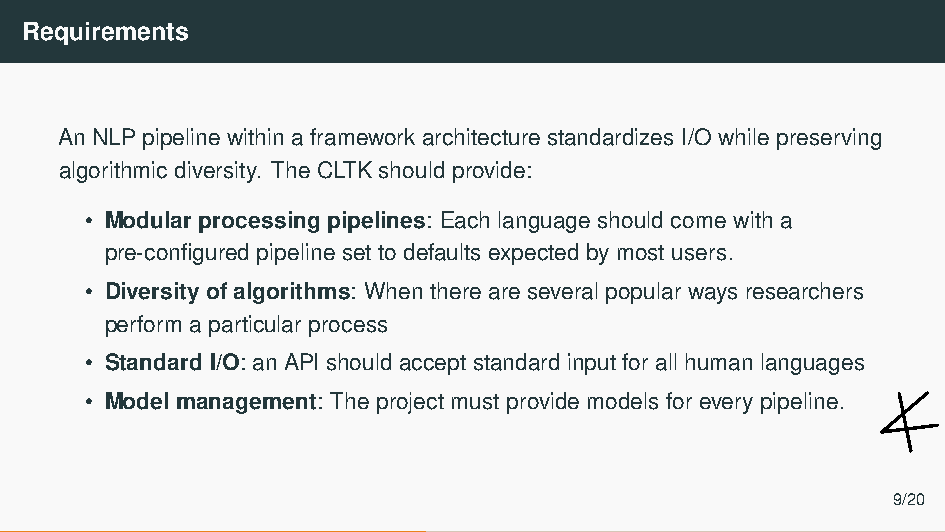
Requirements
 An NLP pipeline within a framework architecture standardizes I/O while preserving
 algorithmic diversity. The CLTK should provide:
 • Modular processing pipelines: Each language should come with a
 pre-configured pipeline set to defaults expected by most users.
 • Diversity of algorithms: When there are several popular ways researchers
 perform a particular process
 • Standard I/O: an API should accept standard input for all human languages
 • Model management: The project must provide models for every pipeline.
 9/20